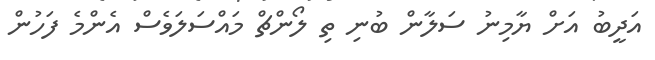
އަދީބު އަށް ޔާމިނު ސަލާން ބުނި ތި ލޯންްޗް މައްސަލަވެސް އެންމެ ފަހުން